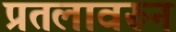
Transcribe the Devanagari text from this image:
प्रतलावरून